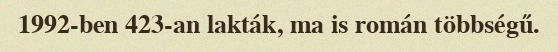
1992-ben 423-an lakták, ma is román többségű.